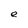
Character: e